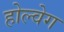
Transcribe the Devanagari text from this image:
होल्वेग